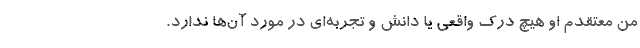
من معتقدم او هیچ درک واقعی یا دانش و تجربه‌ای در مورد آن‌ها ندارد.